koduurija_Pavel_Tisler, lk 2
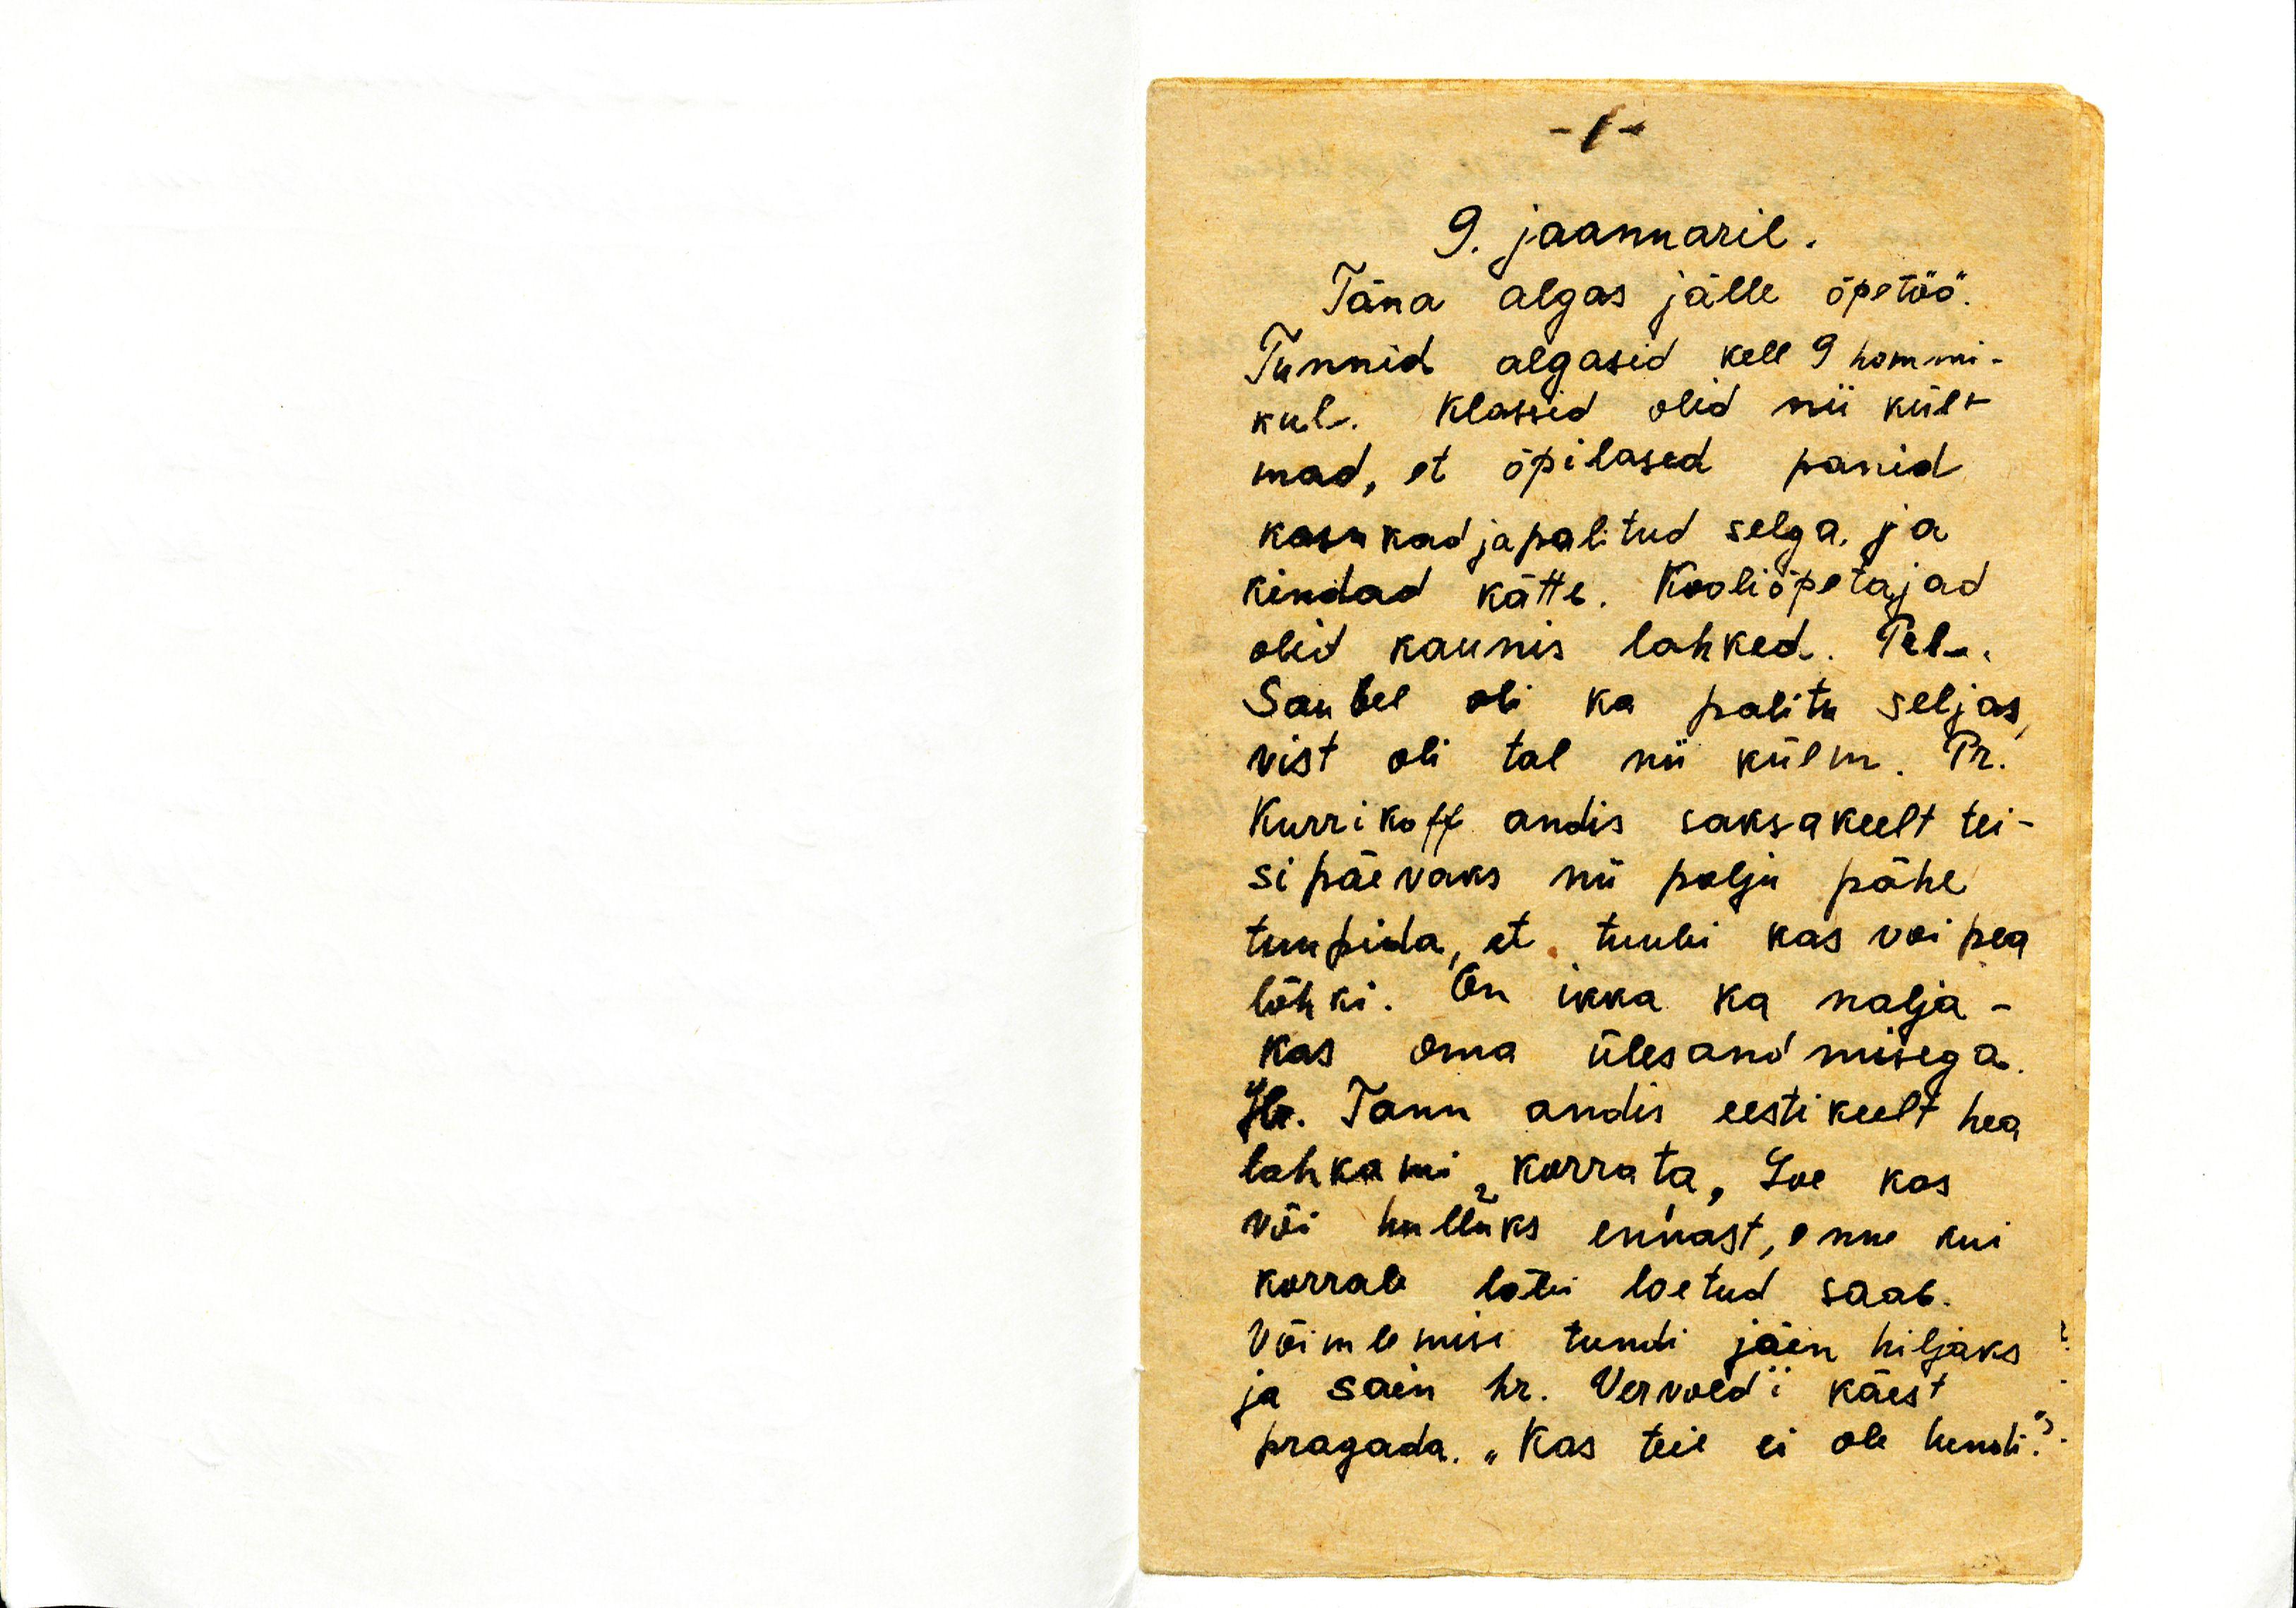
9. jaanuaril.
Täna algas jälle õpetöö.
Tunnid algasid kell 9 hommi-
kul. Klassid olid nii kül-
mad, et õpilased panid
kasukad ja palitud selga, ja
kindad kätte. Kooliõpetajad
olid kaunis lahked. Tele
Saubel oli ka palitu seljas,
vist oli tal nii külm. Pr.
Kurrikoff andis saksa keelt tei-
si päewaks nii palju pähe
tuupida, et tuubi kas või pea
lõhki. On ikka ka nalja-
kas oma ülesandmisega.
Hr. Tann andis eesti keelt hea
lahkami korrata, loe kas
või hulluks ennast, enne kui
korrale läbi loetud saab.
Võimlemise tundi jäin hiljaks
ja sain hr. Vervold'i käest
pragada. "Kas teil ei ole tundi?"